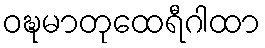
ဝဍ္ဎမာတုထေရီဂါထာ